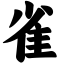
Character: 雀